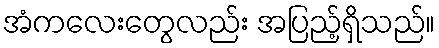
အံကလေးတွေလည်း အပြည့်ရှိသည်။